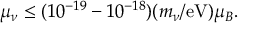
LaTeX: \mu _ { \nu } \leq ( 1 0 ^ { - 1 9 } - 1 0 ^ { - 1 8 } ) ( m _ { \nu } / \mathrm { e V } ) \mu _ { B } .